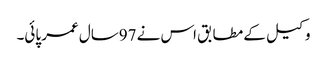
وکیل کے مطابق اس نے 97سال عمر پائی۔